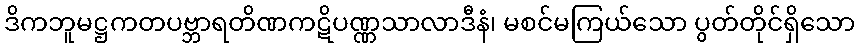
ဒိကဘူမဋ္ဌကတပဗ္ဘာရတိဏကဋိပဏ္ဏသာလာဒီနံ၊ မစင်မကြယ်သော ပွတ်တိုင်ရှိသော